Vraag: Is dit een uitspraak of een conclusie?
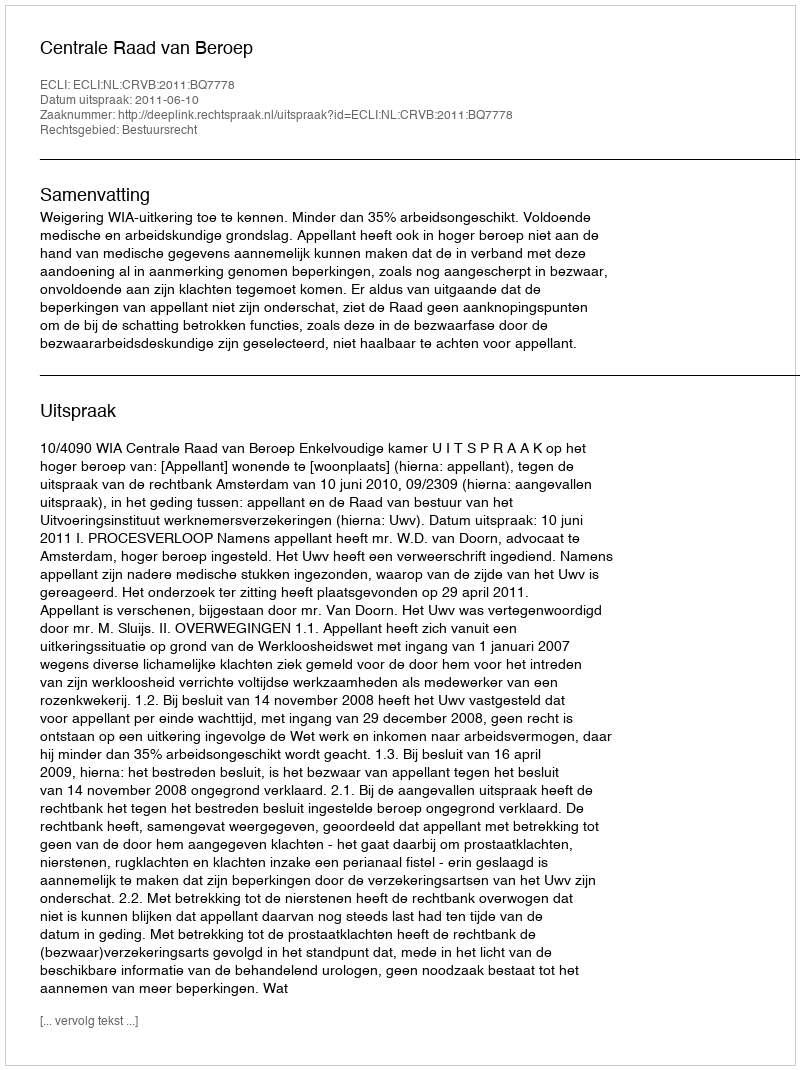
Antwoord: Uitspraak